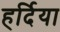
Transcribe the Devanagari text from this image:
हर्दिया